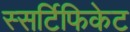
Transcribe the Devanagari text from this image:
स्सर्टिफिकेट